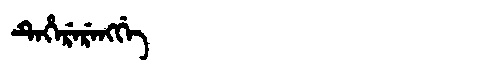
Manchu: ᡨᡝᡥᡝᡵᡝᡵᡝᠩᡤᡝ
Romanization: TEHERERENGGE